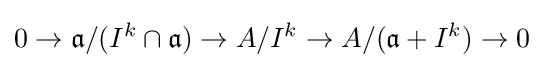
0\to {\mathfrak {a}}/(I^{k}\cap {\mathfrak {a}})\to A/I^{k}\to A/({\mathfrak {a}}+I^{k})\to 0